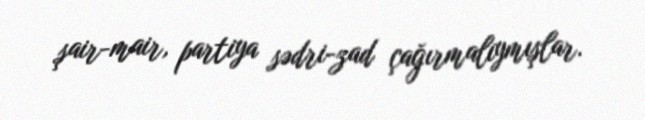
şair-mair, partiya sədri-zad çağırmalıymışlar.